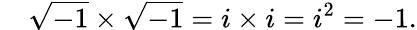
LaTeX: \quad{\sqrt{-1}}\times{\sqrt{-1}}=i\times i=i^{2}=-1.